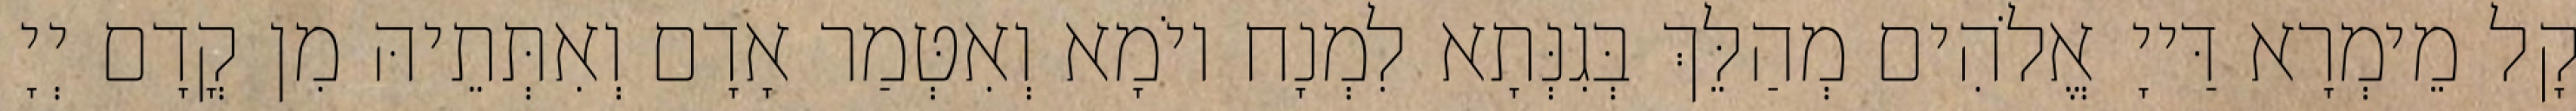
קָל מֵימְרָא דַּייָ אֱלֹהִים מְהַלֵּךְ בְּגִנְּתָא לִמְנָח יוֹמָא וְאִטְּמַר אָדָם וְאִתְּתֵיהּ מִן קֳדָם יְיָ